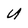
Character: U